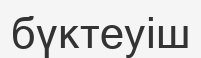
бүктеуіш